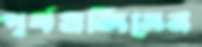
পূর্বনজিরের